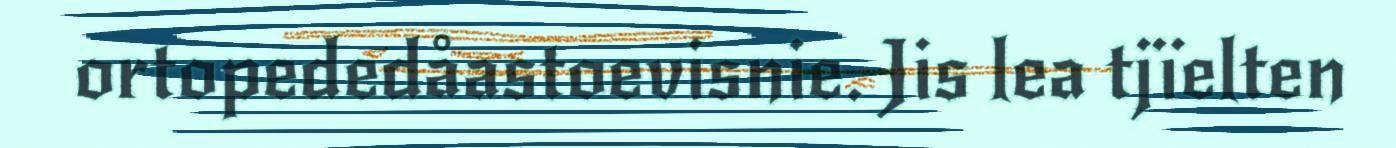
ortopededåastoevisnie. Jis lea tjïelten